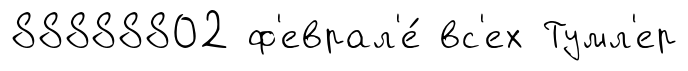
88888802 ф'еврал'е́ вс'ех Тумл'ер